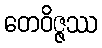
တေဝိဇ္ဇဿ